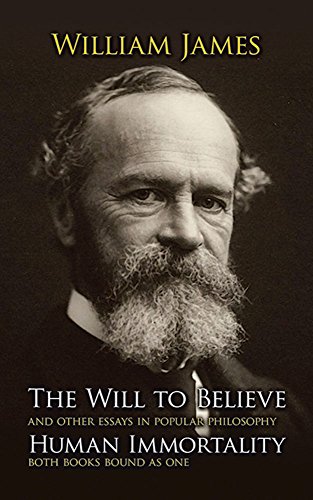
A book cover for The Will to Believe, Human Immortality, and Other Essays in Popular Philosophy; William James; Medical Books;